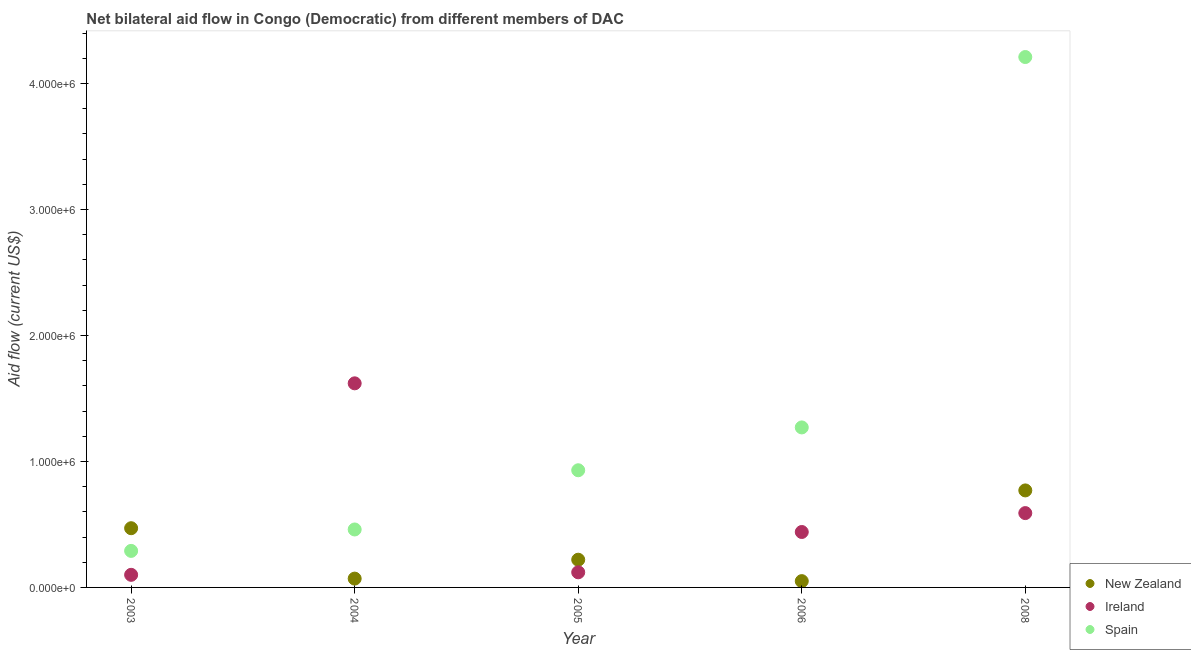
| Year | New Zealand | Ireland | Spain |
 | --- | --- | --- | --- |
 | 2003 | 4.7e+05 | 1e+05 | 2.9e+05 |
 | 2004 | 7e+04 | 1.62e+06 | 4.6e+05 |
 | 2005 | 2.2e+05 | 1.2e+05 | 9.3e+05 |
 | 2006 | 5e+04 | 4.4e+05 | 1.27e+06 |
 | 2008 | 7.7e+05 | 5.9e+05 | 4.21e+06 |